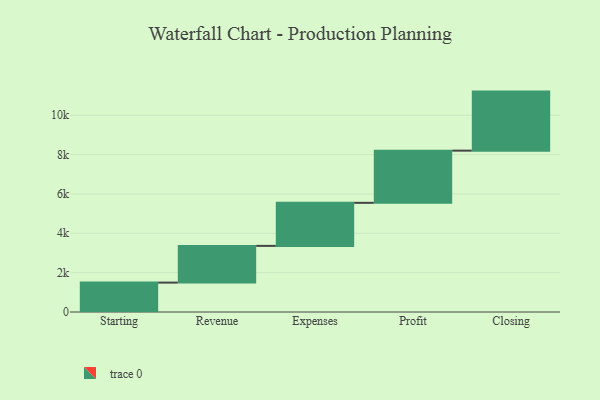
{"axis": {"x": "Step", "y": "Value"}, "legend": [""], "data": [{"x": "Starting", "y": 1494.0, "type": ""}, {"x": "Revenue", "y": 1866.0, "type": ""}, {"x": "Expenses", "y": 2188.0, "type": ""}, {"x": "Profit", "y": 2652.0, "type": ""}, {"x": "Closing", "y": 3000, "type": ""}]}